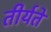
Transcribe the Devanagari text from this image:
तीर्यते